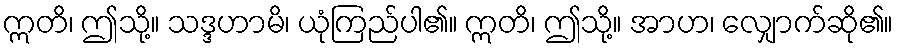
ဣတိ၊ ဤသို့။ သဒ္ဒဟာမိ၊ ယုံကြည်ပါ၏။ ဣတိ၊ ဤသို့။ အာဟ၊ လျှောက်ဆို၏။